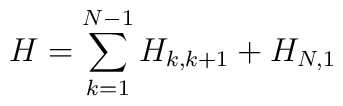
H=\sum_{k=1}^{N-1}H_{k,k+1}+H_{N,1}